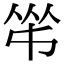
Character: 𠁮